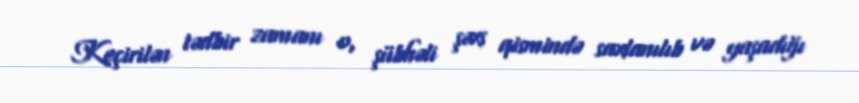
Keçirilən tədbir zamanı o, şübhəli şəxs qismində saxlanılıb və yaşadığı